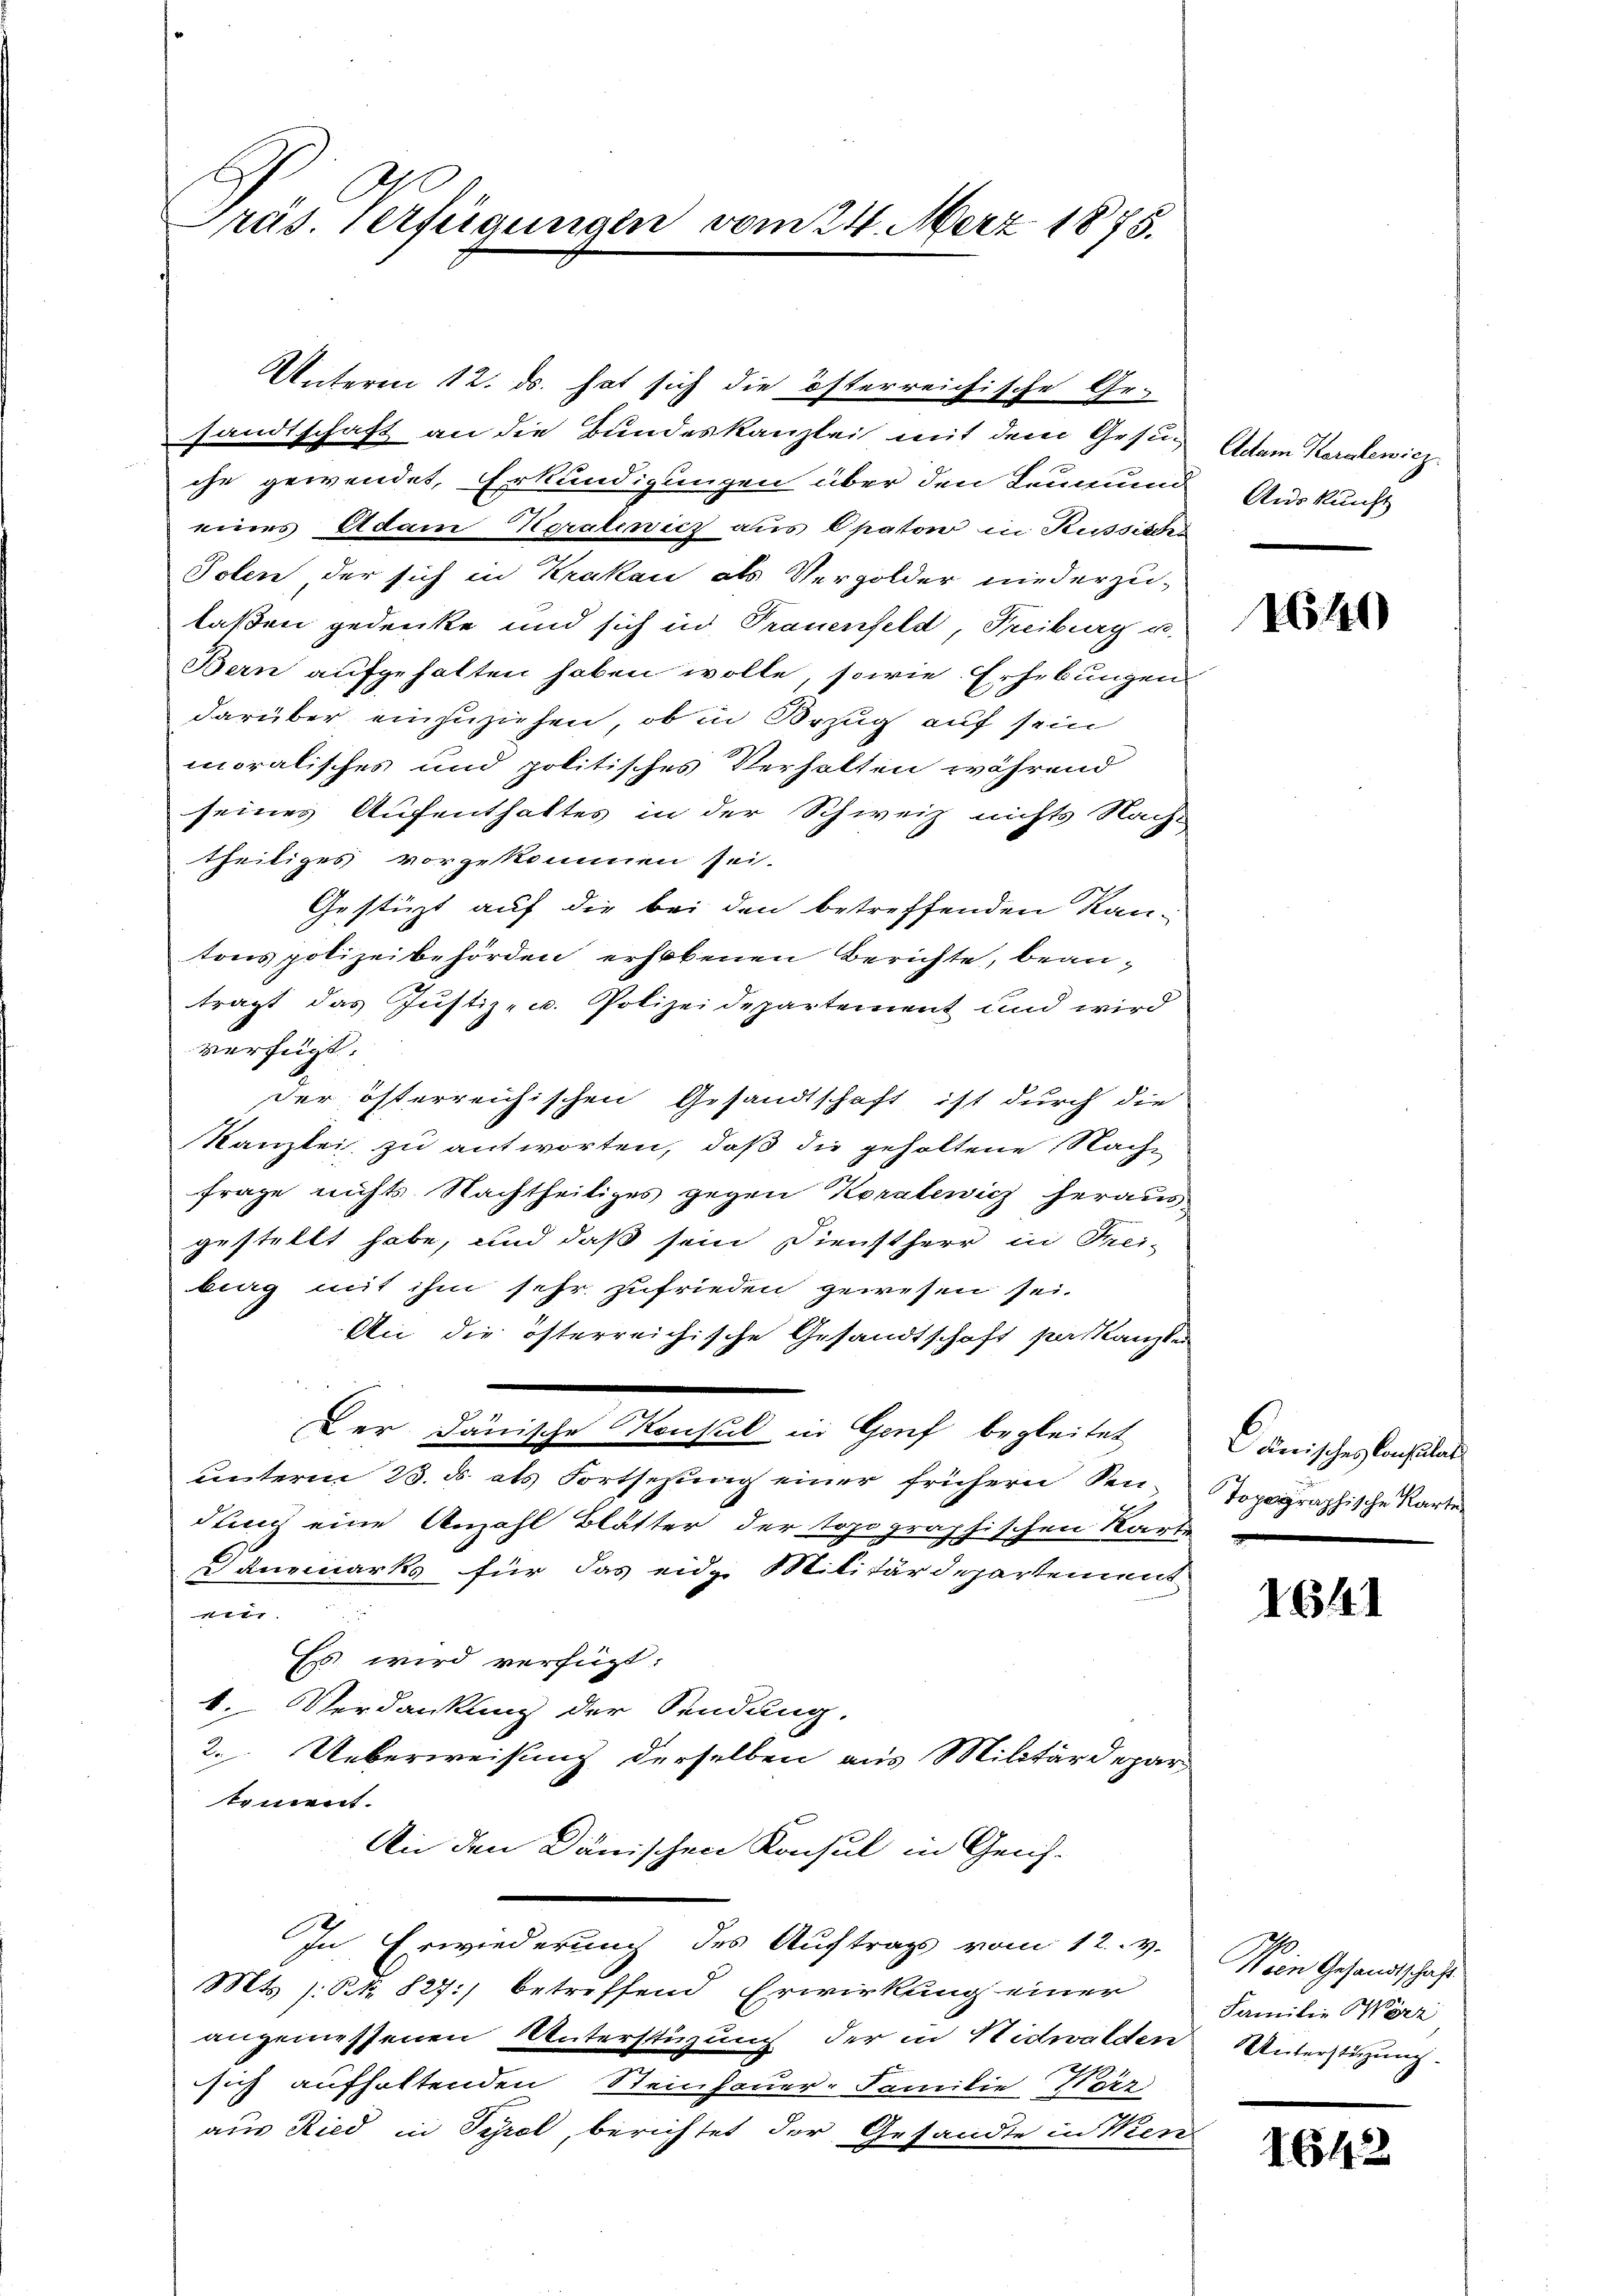
Präs. Verfügungen vom 24. Merz 1875.

Unterm 12. ds. hat sich die österreichische Ge-
sandtschaft an die Bundeskanzlei mit dem Gesund Adam Koralewicz
che gewendet, Erkundigungen über den Leumund
eines Adam Keralewicz aus Opatow in Russiedes
Polen der sich in Krakau als Vergolder niederzutlaßen gedenke und sich in Trauenfeld, Freiburg u.
Bern aufgehalten haben wolle, sowie Erhebungen
darüber einzuziehen, ob in Bezug auf sein
moralisches und politisches Verhalten während
seines Aufenthaltes in der Schweiz nichts Nach-
theiliges vorgekommen sei.
Gestüzt auf die bei den betreffenden Kan-
tons polizeibehörden erhobenen Berichte, beanträgt das Justiz- u. Polizeidepartement und wird
verfügt:
der österreichischen Gesandtschaft ist durch die
Kanzlei zu antworten, daß die gehaltene Nach¬
Frage nichts Nachtheiliges gegen Koralewicz heraus
gestellt habe, und daß sein Dienstherr in Frei-
berg mit ihm sehr zufrieden gewesen sei.
An die österreichische Gesandtschaft perskanzler
Der Dänische Konsul in Genf begleitet
unterm 23. ds. als Fortsehung einer frühern Sendum eine Anzahl Blätter der topographischen Karte
anemarks für das eidge Militärdepartement
1.
Es wird verfügt:
k. Verdankung der Sendung.
2. Ueberweisung derselben aus Militärdepar
tement.
An den Dänischen Konsul in Geis-
In Erwiederung des Auftrags vom 12. v.
Mts. s. S. 827 betreffend Erwirkung einer
angemessenen Unterstüzung der in Nidwalden Unterstüzung
sich aufhaltenden Steinhauer. Familie Herz
aus Ried in Tyrol, berichtet der Gesandte in Ken

Auskunft

16140)

Canisches Consulat
Topographische Karte

1641

Wein Gesandtschaft
Familie Wörz

1642